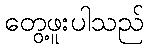
တွေ့ဖူးပါသည်